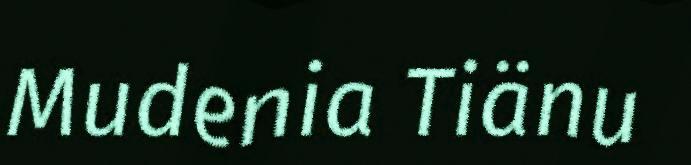
Mudenia Tiänu